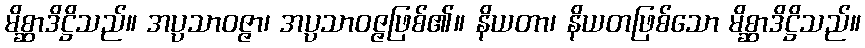
မိစ္ဆာဒိဋ္ဌိသည်။ အပ္ပသာဝဇ္ဇာ၊ အပ္ပသာဝဇ္ဇဖြစ်၏။ နိယတာ၊ နိယတဖြစ်သော မိစ္ဆာဒိဋ္ဌိသည်။